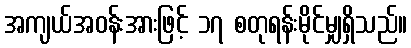
အကျယ်အဝန်းအားဖြင့် ၁၇ စတုရန်းမိုင်မျှရှိသည်။